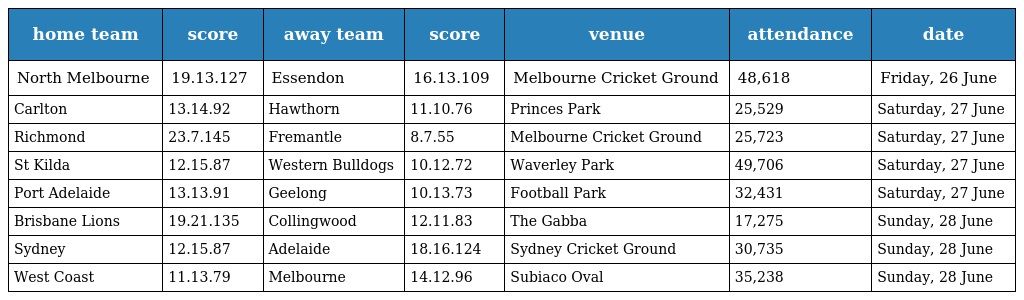
| home team | score | away team | score | venue | attendance | date |
 | --- | --- | --- | --- | --- | --- | --- |
 | North Melbourne | 19.13.127 | Essendon | 16.13.109 | Melbourne Cricket Ground | 48,618 | Friday, 26 June |
 | Carlton | 13.14.92 | Hawthorn | 11.10.76 | Princes Park | 25,529 | Saturday, 27 June |
 | Richmond | 23.7.145 | Fremantle | 8.7.55 | Melbourne Cricket Ground | 25,723 | Saturday, 27 June |
 | St Kilda | 12.15.87 | Western Bulldogs | 10.12.72 | Waverley Park | 49,706 | Saturday, 27 June |
 | Port Adelaide | 13.13.91 | Geelong | 10.13.73 | Football Park | 32,431 | Saturday, 27 June |
 | Brisbane Lions | 19.21.135 | Collingwood | 12.11.83 | The Gabba | 17,275 | Sunday, 28 June |
 | Sydney | 12.15.87 | Adelaide | 18.16.124 | Sydney Cricket Ground | 30,735 | Sunday, 28 June |
 | West Coast | 11.13.79 | Melbourne | 14.12.96 | Subiaco Oval | 35,238 | Sunday, 28 June |